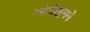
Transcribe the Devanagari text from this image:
ग्योटीङ्गेनने